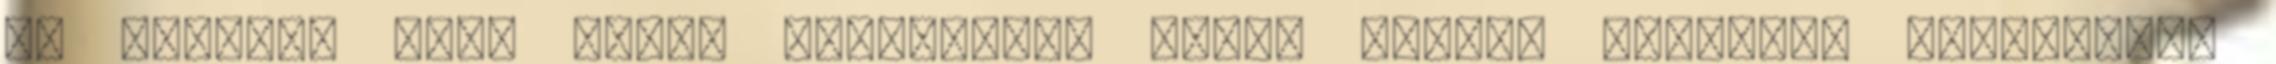
Ha valóban volt ilyen keveredés, akkor milyen utódokat nemzettek,